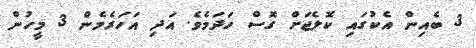
3 ބެއިން އެކުގައި ކޮލެޖަށް ގޮސް ހަދަމެވެ. އަދި އަހަރެމެން 3 މީހުން